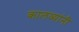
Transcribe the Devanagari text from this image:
कालव्यांनी